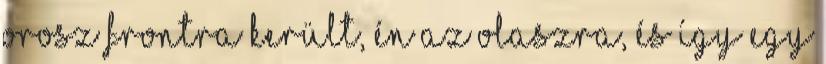
orosz frontra került, én az olaszra, és így egy